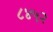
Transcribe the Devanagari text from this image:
८४५२